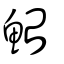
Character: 鮐